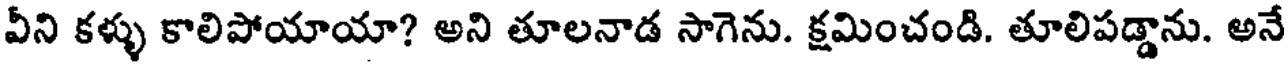
వీని కళ్ళు కాలిపోయాయా? అని తూలనాడ సాగెను. క్షమించండి. తూలిపడ్డాను. అనే